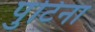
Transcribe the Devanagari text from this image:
पुटिना